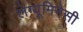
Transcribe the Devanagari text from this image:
लेग्यूमिनेसी